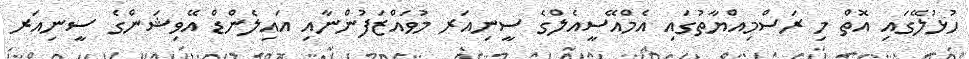
ހުޅުލޭގައި އޮތް މި ރަސްމިއްޔާތުގައި އެމްއޭސީއެލްގެ ސީނިއަރ މުވައްޒަފުންނާއި އައިލެންޑް އޭވިޝަންގެ ސީނިއަރ